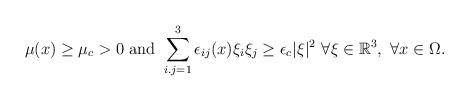
LaTeX: \begin{align*}\mu(x)\geq\mu_{c}>0\mbox{ and }\sum_{i.j=1}^{3}\epsilon_{ij}(x)\xi_{i}\xi_{j}\geq\epsilon_{c}|\xi|^{2}\mbox{ }\forall\xi\in\mathbb{R}^{3},\mbox{ }\forall x\in\Omega.\end{align*}